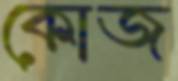
কোজ